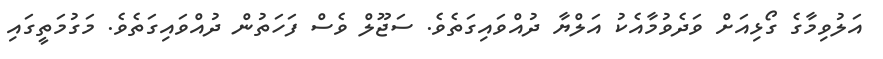
އަލުވިމާގެ ގޯޅިއަށް ވަދެވުމާއެކު އަލްޔާ ދުއްވައިގަތެވެ. ސަޖޫލް ވެސް ފަހަތުން ދުއްވައިގަތެވެ. މަގުމަތީގައި